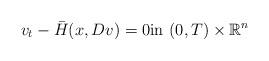
LaTeX: \begin{align*} v_t - \bar{H}(x,Dv)=0 \mbox{in} \, \, (0,T) \times \mathbb{R}^n \end{align*}